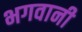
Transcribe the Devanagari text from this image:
भगवानी